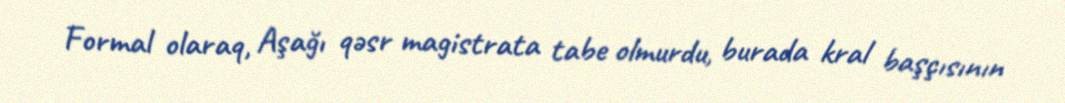
Formal olaraq, Aşağı qəsr magistrata tabe olmurdu, burada kral başçısının